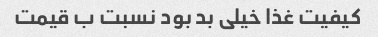
کیفیت غذا خیلی بد بود نسبت ب قیمت